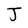
Character: J